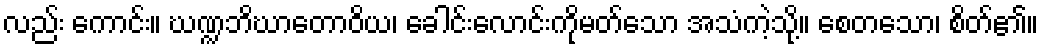
လည်း ကောင်း။ ဃဏ္ဍဘိဃာတောဝိယ၊ ခေါင်းလောင်းကိုမတ်သော အသံကဲ့သို့။ စေတသော၊ စိတ်၏။